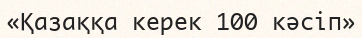
«Қазаққа керек 100 кәсіп»